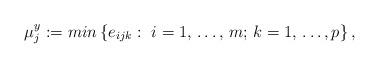
LaTeX: \begin{align*}\mu_{j}^{y}:=min\left\{e_{ijk}: \thinspace \thinspace i=1,\thinspace \mathellipsis ,\thinspace m;\thinspace k=1,\thinspace \mathellipsis ,p \right\},\end{align*}